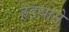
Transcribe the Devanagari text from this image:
हृदयाने